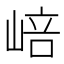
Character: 㟝